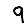
Digit: 9